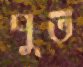
পুত